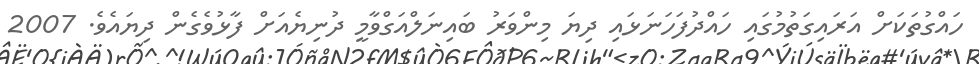
ހައްގުތަކަށް އަރައިގަތުމުގައި ހައްދުފަހަނަޅައި ދިޔަ މިންވަރު ބައިނަލްއަގްވާމީ ދުނިޔެއަށް ފާޅުވެގެން ދިޔައެވެ. 2007